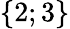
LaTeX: \{ 2;3\}